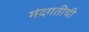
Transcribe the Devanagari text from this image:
मंदगतीची